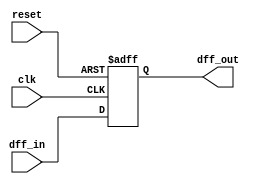
// Christopher Hays
// ECE 176
// Assignment 12
// D Flip Flop
// dff.v

module dff_custom(input clk, dff_in, reset, output reg dff_out);

	always @(posedge clk, posedge reset)begin
	if(reset)
		dff_out = 0;
	else
		dff_out = dff_in;
	end
	
endmodule